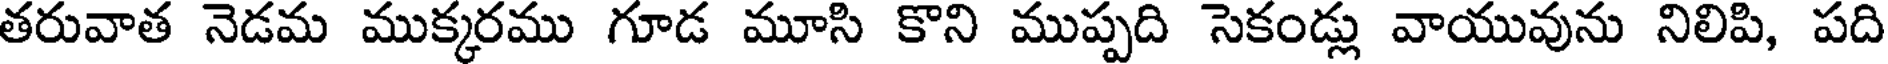
తరువాత నెడమ ముక్కరము గూడ మూసి కొని ముప్పది సెకండ్లు వాయువును నిలిపి, పది